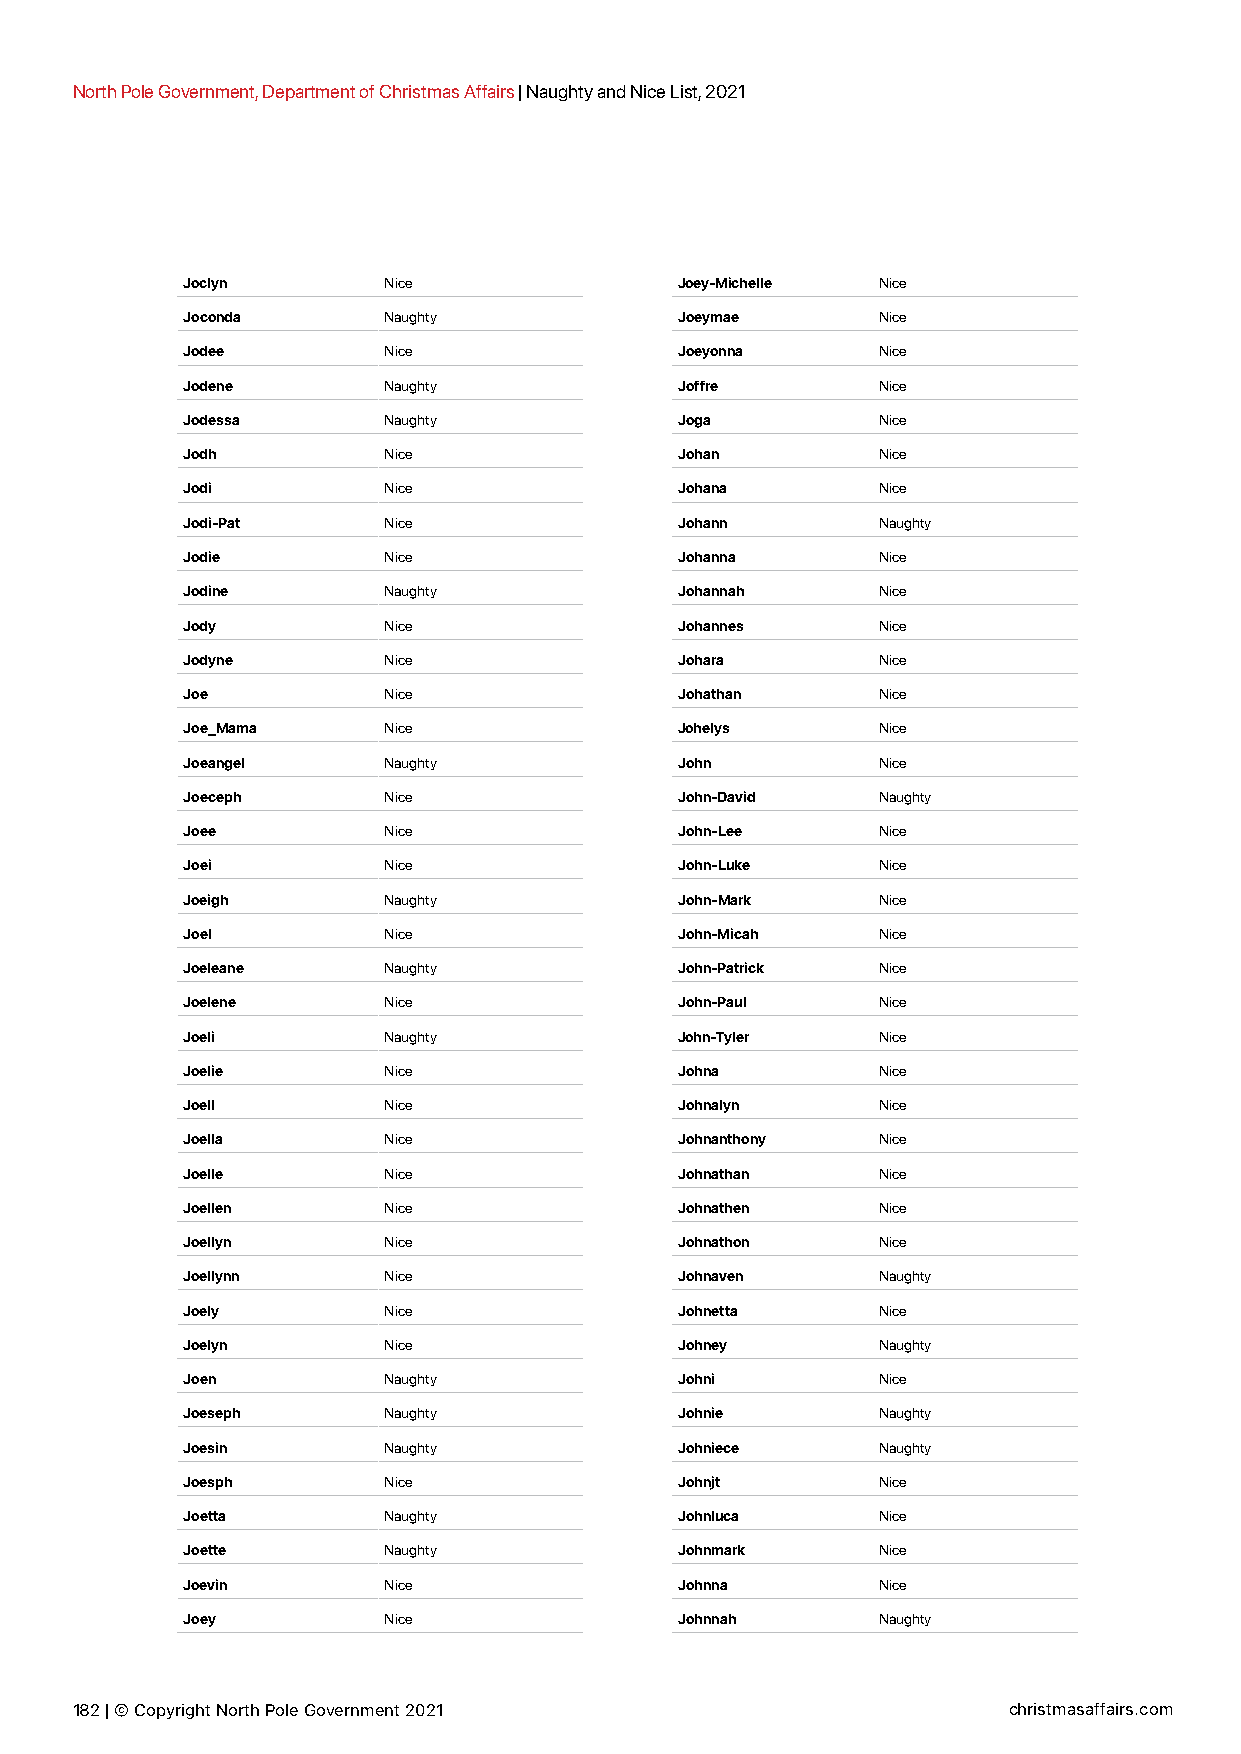
North Pole Government, Department of Christmas Affairs | Naughty and Nice List, 2021
 Joclyn       Nice                Joey-Michelle Nice
 Joconda      Naughty             Joeymae      Nice
 Jodee        Nice                Joeyonna     Nice
 Jodene       Naughty             Joffre       Nice
 Jodessa      Naughty             Joga         Nice
 Jodh         Nice                Johan        Nice
 Jodi         Nice                Johana       Nice
 Jodi-Pat     Nice                Johann       Naughty
 Jodie        Nice                Johanna      Nice
 Jodine       Naughty             Johannah     Nice
 Jody         Nice                Johannes     Nice
 Jodyne       Nice                Johara       Nice
 Joe          Nice                Johathan     Nice
 Joe_Mama     Nice                Johelys      Nice
 Joeangel     Naughty             John         Nice
 Joeceph      Nice                John-David   Naughty
 Joee         Nice                John-Lee     Nice
 Joei         Nice                John-Luke    Nice
 Joeigh       Naughty             John-Mark    Nice
 Joel         Nice                John-Micah   Nice
 Joeleane     Naughty             John-Patrick Nice
 Joelene      Nice                John-Paul    Nice
 Joeli        Naughty             John-Tyler   Nice
 Joelie       Nice                Johna        Nice
 Joell        Nice                Johnalyn     Nice
 Joella       Nice                Johnanthony  Nice
 Joelle       Nice                Johnathan    Nice
 Joellen      Nice                Johnathen    Nice
 Joellyn      Nice                Johnathon    Nice
 Joellynn     Nice                Johnaven     Naughty
 Joely        Nice                Johnetta     Nice
 Joelyn       Nice                Johney       Naughty
 Joen         Naughty             Johni        Nice
 Joeseph      Naughty             Johnie       Naughty
 Joesin       Naughty             Johniece     Naughty
 Joesph       Nice                Johnjt       Nice
 Joetta       Naughty             Johnluca     Nice
 Joette       Naughty             Johnmark     Nice
 Joevin       Nice                Johnna       Nice
 Joey         Nice                Johnnah      Naughty
 182 | © Copyright North Pole Government 2021                  christmasaffairs.com